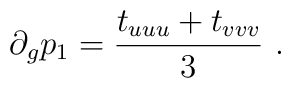
\partial_g p_1  ={t_{uuu} + t_{vvv}\over 3}\ .